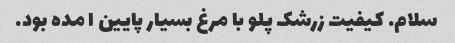
سلام. کیفیت زرشک پلو با مرغ بسیار پایین ا مده بود.